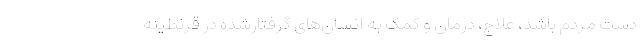
دست مردم باشد، علاج، درمان و کمک به انسان‌های گرفتارشده در قرنطینه